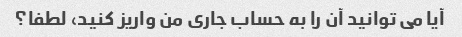
آیا می توانید آن را به حساب جاری من واریز کنید، لطفا؟